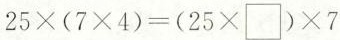
$$2 5 \times ( 7 \times 4 ) = ( 2 5 \times \Box ) \times 7$$